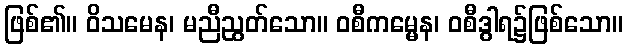
ဖြစ်၏။ ဝိသမေန၊ မညီညွတ်သော။ ဝစီကမ္မေန၊ ဝစီဒွါရ၌ဖြစ်သော။